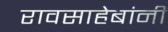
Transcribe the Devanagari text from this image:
रावसाहेबांनीं